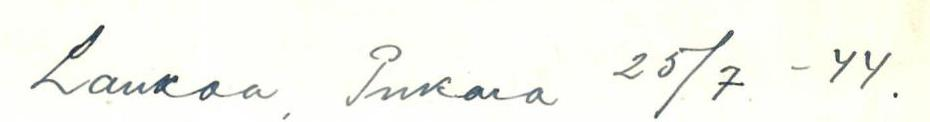
Laukaa, Pukara 25/7 -44.